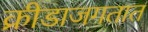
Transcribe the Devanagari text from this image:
क्रीडाजगतात